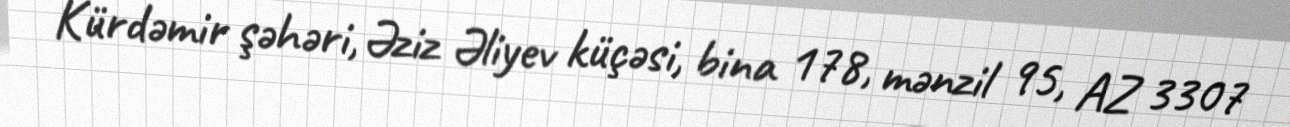
Kürdəmir şəhəri, Əziz Əliyev küçəsi, bina 178, mənzil 95, AZ 3307